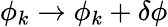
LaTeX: \phi_{k}\rightarrow\phi_{k}+\delta\phi